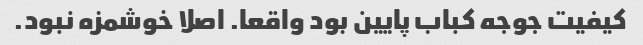
کیفیت جوجه کباب پایین بود واقعا. اصلا خوشمزه نبود.